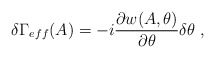
\begin{align*}\delta\Gamma_{eff}(A)=-i\frac{\partial w(A,\theta)}{\partial \theta}\delta\theta\;,\end{align*}